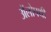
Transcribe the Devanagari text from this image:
अॅलोपथी